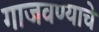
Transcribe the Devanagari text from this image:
गाजवण्याचे